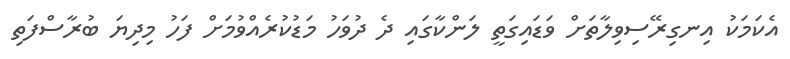
އެކަމަކު އިނގިރޭސިވިލާތަށް ވަޑައިގަތީ ލަންކާގައި ދެ ދުވަހު މަޑުކުރެއްވުމަށް ފަހު މިދިޔަ ބުރާސްފަތި